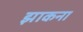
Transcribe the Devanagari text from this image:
झाकना